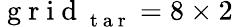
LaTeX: \mathrm{~g~r~i~d~}_{\mathrm{~t~a~r~}}=8\times 2